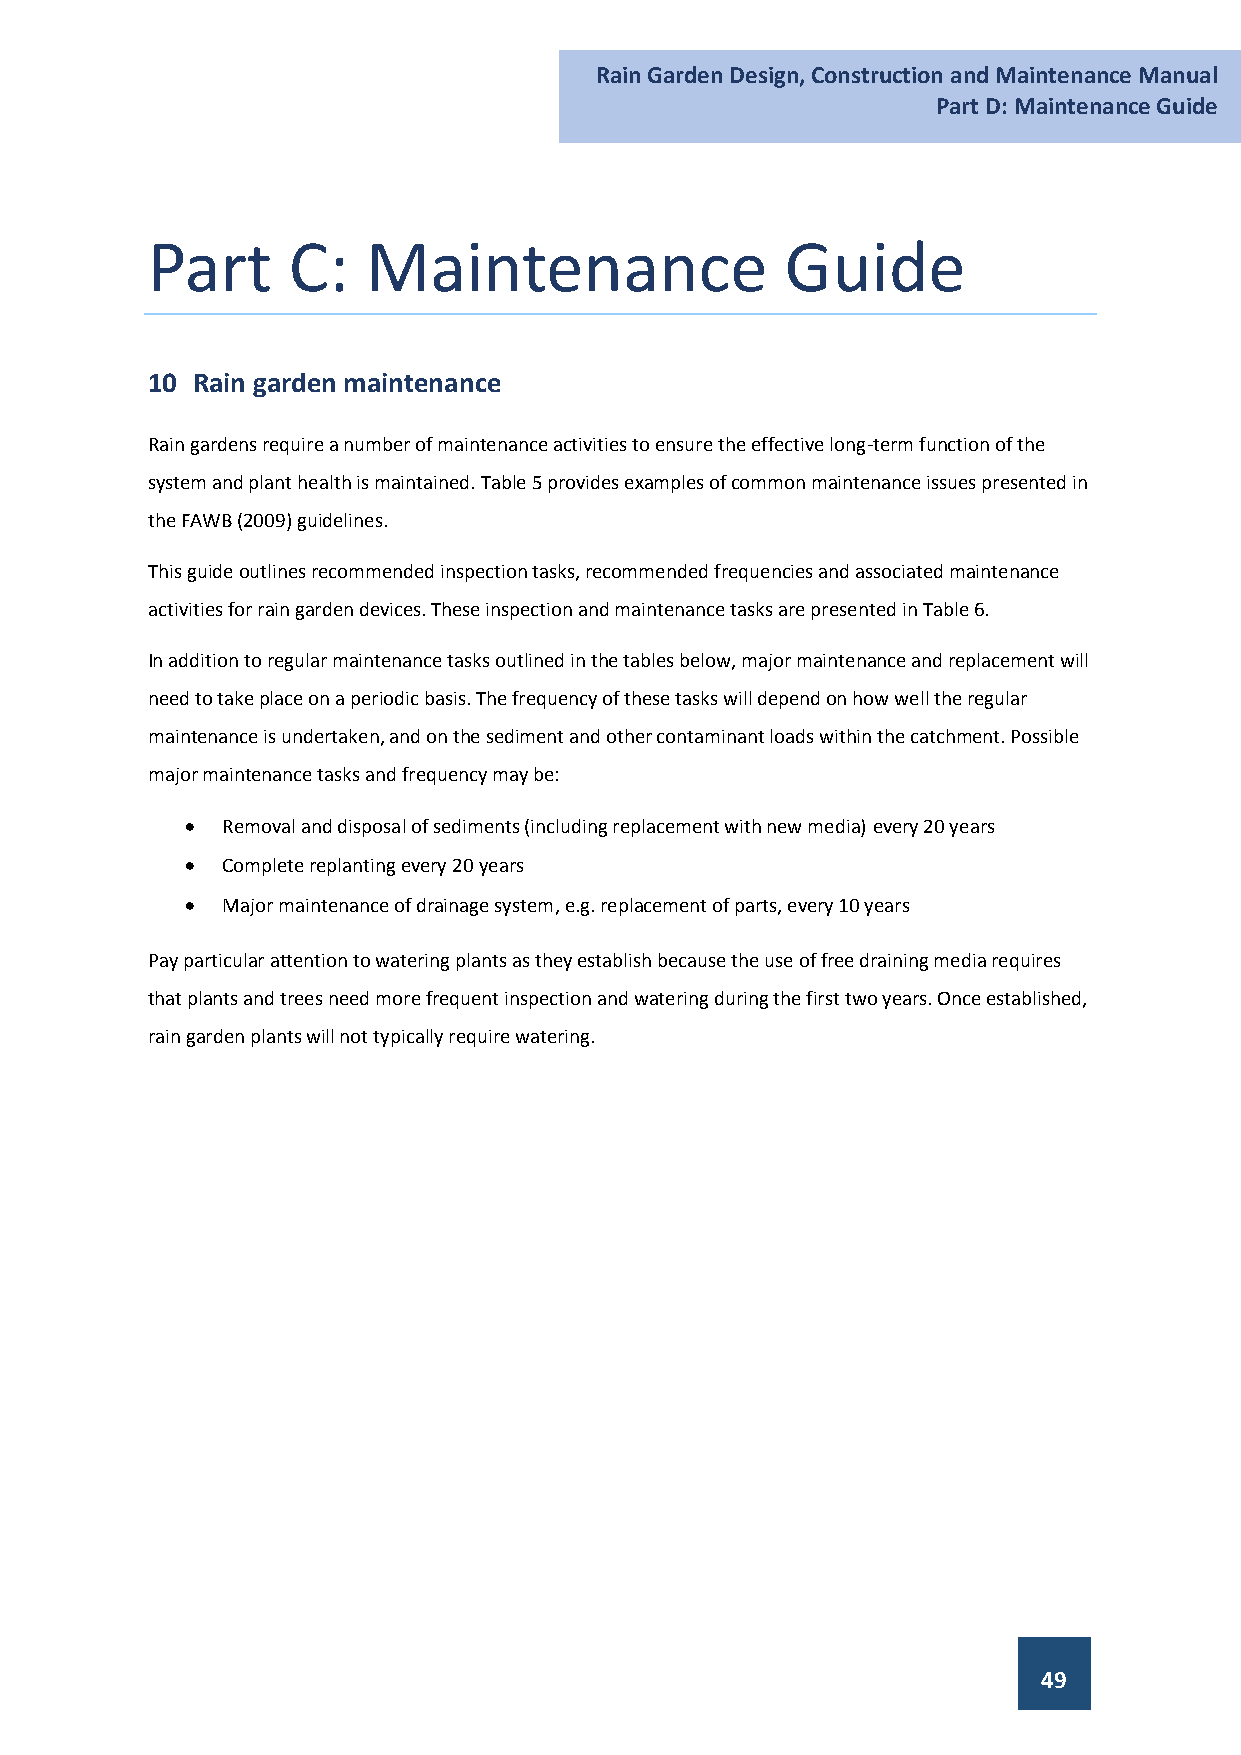
Rain Garden Design, Construction and Maintenance Manual
 Part D: Maintenance Guide
 Part     C:   Maintenance                 Guide
 10 Rain garden maintenance
 Rain gardens require a number of maintenance activities to ensure the effective long-term function of the
 system and plant health is maintained. Table 5 provides examples of common maintenance issues presented in
 the FAWB (2009) guidelines.
 This guide outlines recommended inspection tasks, recommended frequencies and associated maintenance
 activities for rain garden devices. These inspection and maintenance tasks are presented in Table 6.
 In addition to regular maintenance tasks outlined in the tables below, major maintenance and replacement will
 need to take place on a periodic basis. The frequency of these tasks will depend on how well the regular
 maintenance is undertaken, and on the sediment and other contaminant loads within the catchment. Possible
 major maintenance tasks and frequency may be:
   Removal and disposal of sediments (including replacement with new media) every 20 years
   Complete replanting every 20 years
   Major maintenance of drainage system, e.g. replacement of parts, every 10 years
 Pay particular attention to watering plants as they establish because the use of free draining media requires
 that plants and trees need more frequent inspection and watering during the first two years. Once established,
 rain garden plants will not typically require watering.
 49